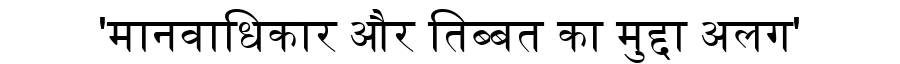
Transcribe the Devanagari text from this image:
'मानवाधिकार और तिब्बत का मुद्दा अलग'